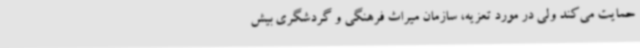
حمایت می‌کند ولی در مورد تعزیه، سازمان میراث فرهنگی و گردشگری بیش